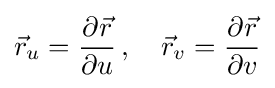
{\vec {r}}_{u}={\frac {\partial {\vec {r}}}{\partial u}}\,,\quad {\vec {r}}_{v}={\frac {\partial {\vec {r}}}{\partial v}}